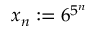
x _ { n } : = 6 ^ { 5 ^ { n } }